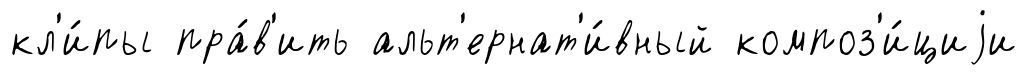
кл'и́пы пра́в'ить альт'ернат'и́вный композ'и́циjи